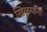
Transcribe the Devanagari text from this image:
खिळयांनी